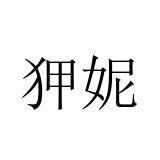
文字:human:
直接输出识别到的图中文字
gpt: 狎妮